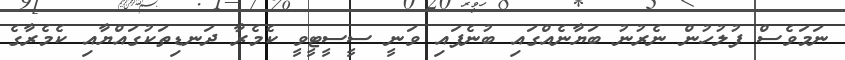
ނަމަވެސް ފުލުހުން ނެރުނު ބަޔާނެއްގައި ބުނެފައި ވަނީ ސީސީީޓީވީ ކެމެރާ ދަނޑިތަކުގައްޔާއި ކެމެރާގެ